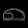
Digit: ၈